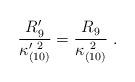
LaTeX: \begin{align*}{R_9^\prime \over \kappa_{(10)}^{\prime\ 2}} ={R_9\over \kappa_{(10)}^{\ 2}}\ .\end{align*}